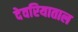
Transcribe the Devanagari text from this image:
देवरियाताल